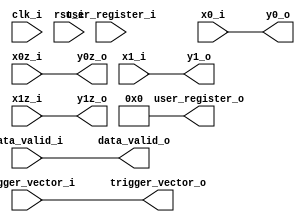
//////////////////////////////////////////////////////////////////////////////////
// (C)opyright 2008-2011 Signal Processing Devices Sweden AB
//
// Data packaging user logic
// 
//////////////////////////////////////////////////////////////////////////////////


module user_logic_data_packaging
  #(
   parameter NofBits = 16,
   parameter NofUserRegistersOut = 4
   )
  ( // Clocking input
    input wire 				     clk_i,
    input wire 				     rst_i,

    // Signal input
    input wire signed [NofBits-1:0] 	     x0_i,
    input wire signed [NofBits-1:0] 	     x0z_i,
    input wire signed [NofBits-1:0] 	     x1_i,
    input wire signed [NofBits-1:0] 	     x1z_i,
    input wire 				     data_valid_i,

    // Trigger input
    input wire [3:0] 			     trigger_vector_i,
    output wire [3:0]          trigger_vector_o,

    // Signal output
    output wire signed [NofBits-1:0] 	     y0_o,
    output wire signed [NofBits-1:0] 	     y0z_o,
    output wire signed [NofBits-1:0] 	     y1_o,
    output wire signed [NofBits-1:0] 	     y1z_o,
    output wire 			     data_valid_o,

    //User registers
    input wire [16*8-1:0] 		     user_register_i,
    output wire [16*NofUserRegistersOut-1:0] user_register_o
    );

   assign y0_o  = x0_i;
   assign y0z_o = x0z_i;
   assign y1_o  = x1_i;
   assign y1z_o = x1z_i;
   assign trigger_vector_o = trigger_vector_i;
   assign data_valid_o = data_valid_i;
   
   assign user_register_o[16*NofUserRegistersOut-1:0] = {(16*NofUserRegistersOut){1'b0}};
   
endmodule